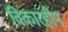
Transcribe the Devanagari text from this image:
विकारहीन